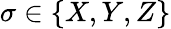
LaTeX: \sigma\in\{ X,Y,Z\}